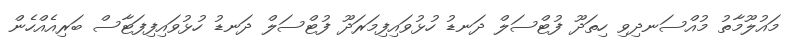
މައުލޫމާތު މުއްސަނދިވި ހިތަދޫ ފުޓްސަލް ދަނޑު ހުޅުވައިފިމަރަދޫ ފުޓްސަލް ދަނޑު ހުޅުވައިފިފަޓާސް ބަރިއެއްހެން